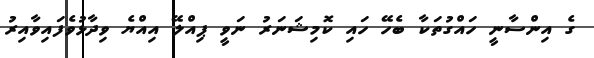
ގެ އިންސާނީ ހައްގުތަކާ ބެހޭ ހައި ކޮމިޝަނަރު ނަވީ ޕިއްލޭ އިއްޔެ ވިދާޅުވެފައިވާއިރު